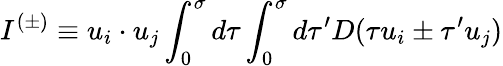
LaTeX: I^{(\pm)}\equiv u_{i}\cdot u_{j}\int_{0}^{\sigma}d\tau\int_{0}^{\sigma}d\tau^{\prime}D(\tau u_{i}\pm\tau^{\prime}u_{j})